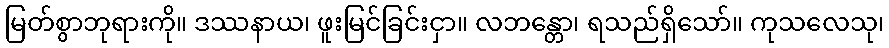
မြတ်စွာဘုရားကို။ ဒဿနာယ၊ ဖူးမြင်ခြင်းငှာ။ လဘန္တော၊ ရသည်ရှိသော်။ ကုသလေသု၊